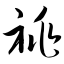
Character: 祧